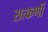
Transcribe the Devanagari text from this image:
सत्कर्णी